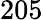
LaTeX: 205